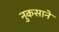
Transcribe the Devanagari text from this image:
नुकसाने